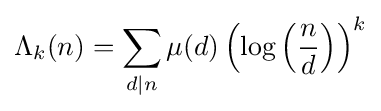
\Lambda _{k}(n)=\sum \limits _{d\mid n}\mu (d)\left(\log \left({\frac {n}{d}}\right)\right)^{k}